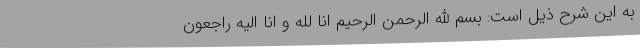
به این شرح ذیل است: بسم الله الرحمن الرحیم انا لله و انا الیه راجعون